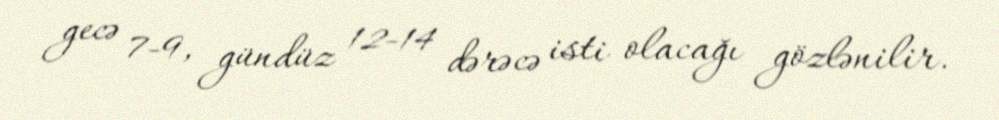
gecə 7-9, gündüz 12-14 dərəcə isti olacağı gözlənilir.